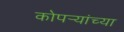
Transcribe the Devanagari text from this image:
कोपर्‍यांच्या